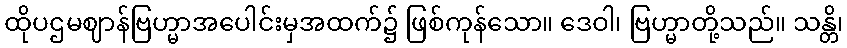
ထိုပဌမဈာန်ဗြဟ္မာအပေါင်းမှအထက်၌ ဖြစ်ကုန်သော။ ဒေဝါ၊ ဗြဟ္မာတို့သည်။ သန္တိ၊